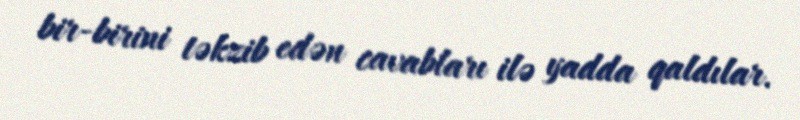
bir-birini təkzib edən cavabları ilə yadda qaldılar.